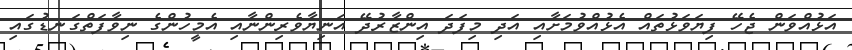
އަޅުއްވަން ޖެހޭ ފިޔަވަޅުތައް އެޅުއްވުމަށާއި އަދި މިފަދަ އިންޒާރުދޭ އަނިޔާވެރިންނާއި އެމީހުންގެ ނިވާފަތްގަނޑުގައި